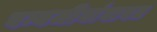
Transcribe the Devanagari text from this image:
वन्यजीवांबाबत